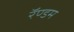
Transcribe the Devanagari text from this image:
रॅण्डम